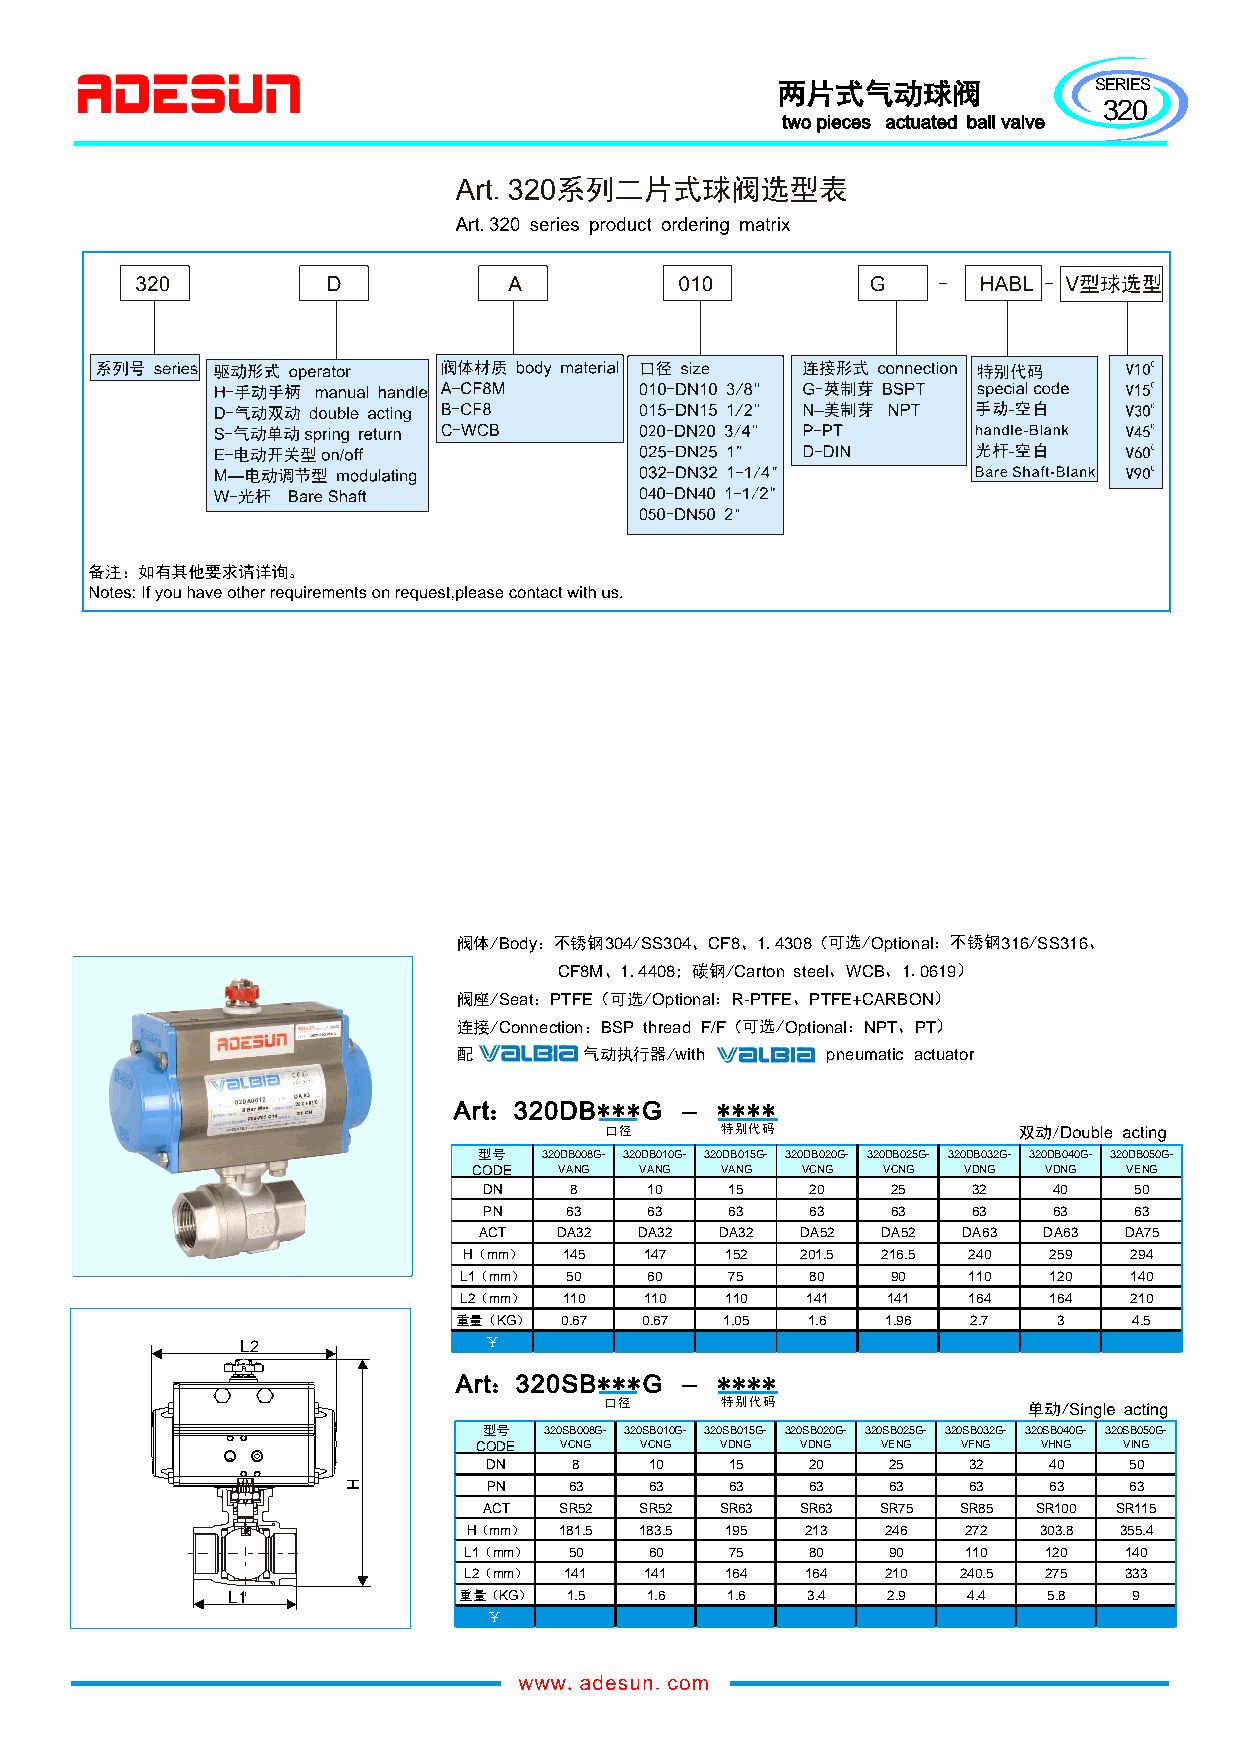
SERIES
 320
 阀体/Body3：0不4S锈S3钢04CF/814308O、ption、al31.6SS31（6可选/ ：不锈钢 / 、
 CF8M1、44.08Cart;on碳st钢ee/lWCB10619 、 、 . ）
 阀座/SeatO：p（PtiTo可FnEa选lR-PTF/EPTFE+C：AR、BON ）
 连接/ConnectionB：SPthreadF/FOptio（na可lN选PT/PT ：、 ）
 配气动执行器        /withpneumaticactuator
 口径      特别代码
 型号  320DB008G- 320DB010G- 320DB015G- 320DB020G- 320DB025G- 320DB032G- 320DB040G- 320DB050G-
 CODE  VANG VANG  VANG VCNG VCNG  VDNG VDNG  VENG
 DN    8    10   15    20   25   32    40   50
 PN   63    63   63    63   63   63    63   63
 ACT  DA32 DA32  DA32 DA52 DA52  DA63 DA63 DA75
 H（mm） 145   147  152  201.5 216.5 240 259   294
 L1（mm） 50    60   75    80   90   110  120   140
 L2（mm） 110   110  110  141   141  164  164   210
 重量（KG） 0.67 0.67  1.05 1.6   1.96 2.7   3    4.5
 L2              ￥
 口径      特别代码
 型号  320SB008G- 320SB010G- 320SB015G- 320SB020G- 320SB025G- 320SB032G- 320SB040G- 320SB050G-
 CODE  VCNG VCNG  VDNG VDNG VENG  VFNG VHNG VING
 DN    8    10   15    20   25   32   40    50
 PN    63   63   63    63   63   63   63    63
 ACT  SR52 SR52  SR63 SR63 SR75  SR85 SR100 SR115
 H（mm） 181.5 183.5 195 213   246  272  303.8 355.4
 L1（mm） 50   60   75    80   90   110  120  140
 L2（mm） 141  141  164  164   210  240.5 275 333
 L1             重量（KG）  1.5  1.6  1.6  3.4   2.9  4.4  5.8   9
 ￥